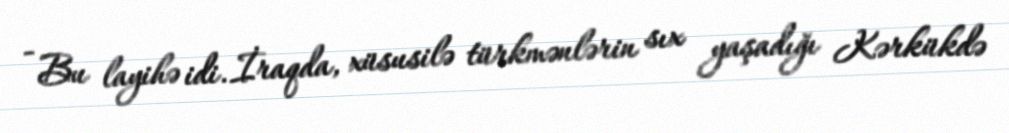
- Bu layihə idi. İraqda, xüsusilə türkmənlərin sıx yaşadığı Kərkükdə